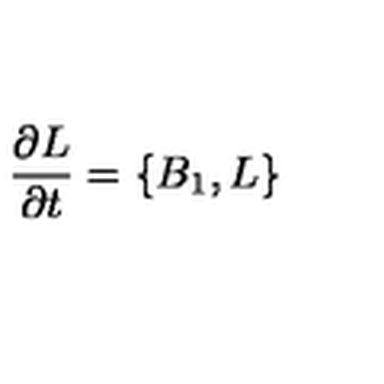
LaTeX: { \frac { \partial L } { \partial t } } = \{ B _ { 1 } , L \}